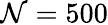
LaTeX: \mathcal{N}=500